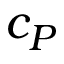
c _ { P }